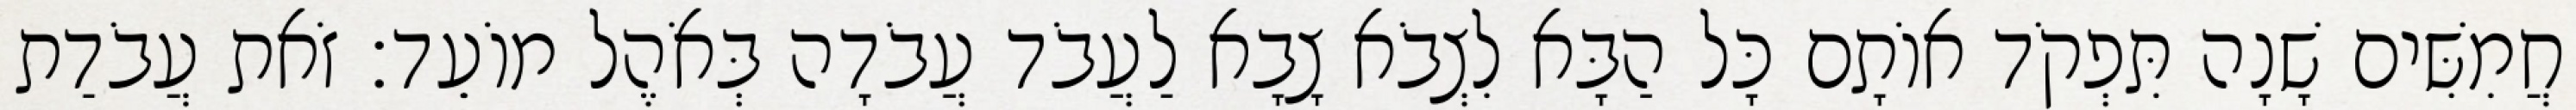
חֲמִשִּׁים שָׁנָה תִּפְקֹד אוֹתָם כָּל הַבָּא לִצְבֹא צָבָא לַעֲבֹד עֲבֹדָה בְּאֹהֶל מוֹעֵד׃ זֹאת עֲבֹדַת